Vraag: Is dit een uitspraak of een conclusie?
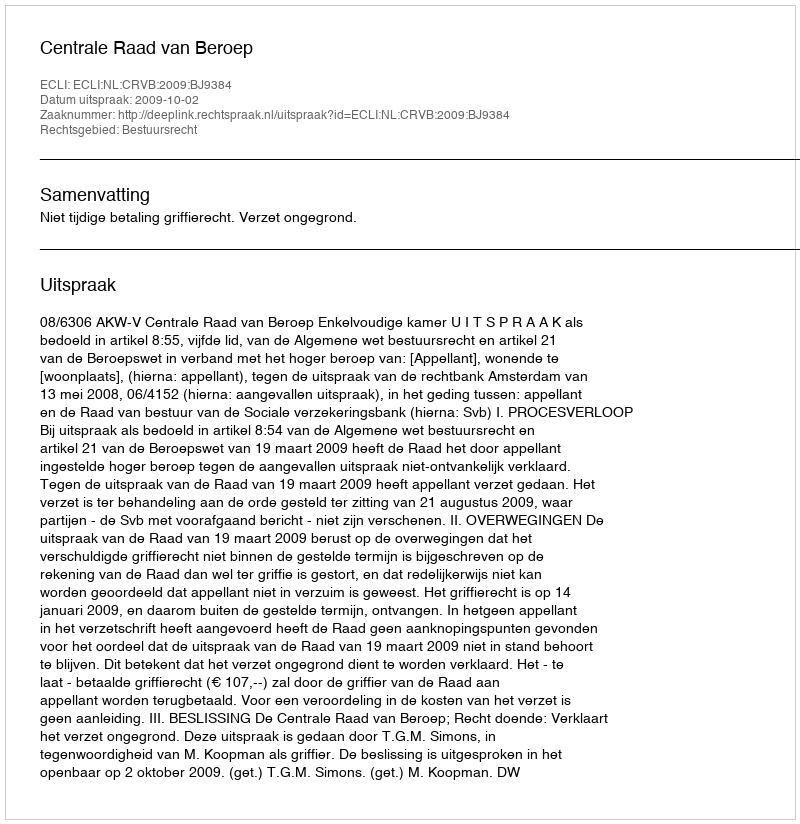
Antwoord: Uitspraak